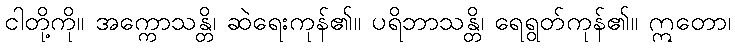
ငါတို့ကို။ အက္ကောသန္တိ၊ ဆဲရေးကုန်၏။ ပရိဘာသန္တိ၊ ရေရွတ်ကုန်၏။ ဣတော၊